Annual report on the Civil Veterinary Department, Burma (including the Insein Veterinary School) - 1923-1931
Year: 1923
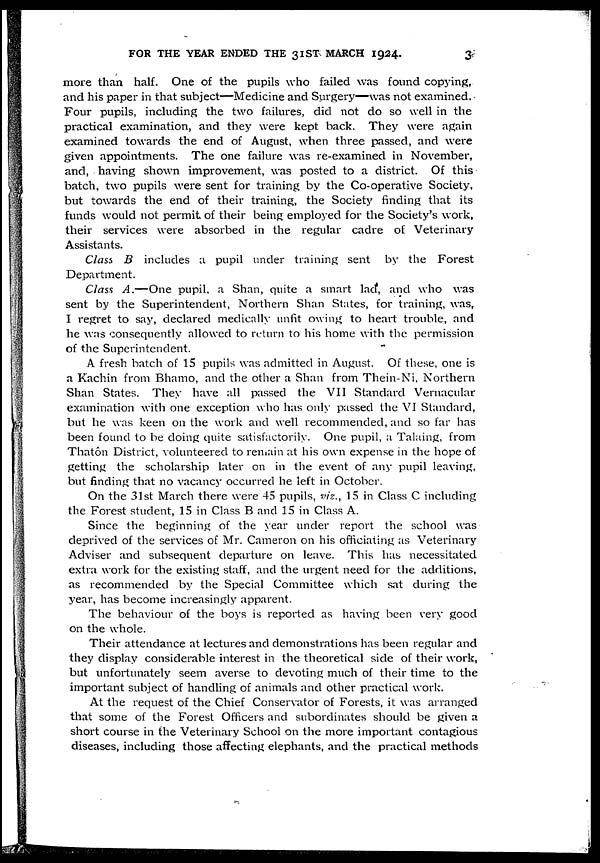
FOR THE YEAR ENDED THE 31ST MARCH 1924.
3
more than half. One of the pupils who failed was found copying,
and his paper in that subject—Medicine and Surgery—was not examined.
Four pupils, including the two failures, did not do so well in the
practical examination, and they were kept back. They were again
examined towards the end of August, when three passed, and were
given appointments. The one failure was re-examined in November,
and, having shown improvement, was posted to a district. Of this
batch, two pupils were sent for training by the Co-operative Society,
but towards the end of their training, the Society finding that its
funds would not permit of their being employed for the Society's work,
their services were absorbed in the regular cadre of Veterinary
Assistants.
Class B includes a pupil under training sent by the Forest
Department.
Class A.—One pupil, a Shan, quite a smart lad, and who was
sent by the Superintendent, Northern Shan States, for training, was,
I regret to say, declared medically unfit owing to heart trouble, and
he was consequently allowed to return to his home with the permission
of the Superintendent.
A fresh batch of 15 pupils was admitted in August. Of these, one is
a Kachin from Bhamo, and the other a Shan from Thein-Ni, Northern
Shan States. They have all passed the VII Standard Vernacular
examination with one exception who has only passed the VI Standard,
but he was keen on the work and well recommended, and so far has
been found to be doing quite satisfactorily. One pupil, a Taking, from
Thatôn District, volunteered to remain at his own expense in the hope of
getting the scholarship later on in the event of any pupil leaving,
but finding that no vacancy occurred he left in October.
On the 31st March there were 45 pupils, viz., 15 in Class C including
the Forest student, 15 in Class B and 15 in Class A.
Since the beginning of the year under report the school was
deprived of the services of Mr. Cameron on his officiating as Veterinary
Adviser and subsequent departure on leave. This has necessitated
extra work for the existing staff, and the urgent need for the additions,
as recommended by the Special Committee which sat during the
year, has become increasingly apparent.
The behaviour of the boys is reported as having been very good
on the whole.
Their attendance at lectures and demonstrations has been regular and
they display considerable interest in the theoretical side of their work,
but unfortunately seem averse to devoting much of their time to the
important subject of handling of animals and other practical work.
At the request of the Chief Conservator of Forests, it was arranged
that some of the Forest Officers and subordinates should be given a
short course in the Veterinary School on the more important contagious
diseases, including those affecting elephants, and the practical methods